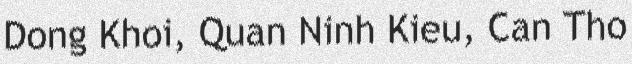
Dong Khoi, Quan Ninh Kieu, Can Tho